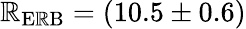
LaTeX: \mathbb{R}_{\mathrm{{E\mathbb{R}B}}}=(10.5\pm0.6)